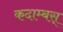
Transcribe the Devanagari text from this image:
कदाम्बस्